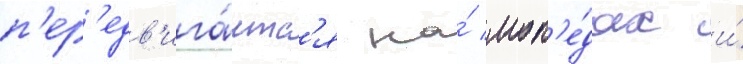
п'ер'едв'ига́етс'я на́ моп'е́дах и́